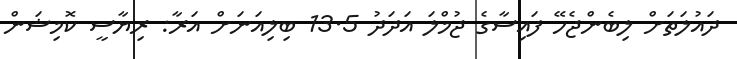
ދައުލަތަށް ލިބެންޖެހޭ ފައިސާގެ ޖުމްލަ އަދަދު 13.5 ބިލިއަނަށް އަރާ: ރިޔާސީ ކޮމިޝަން